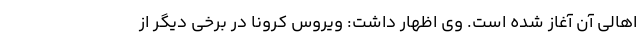
اهالی آن آغاز شده است. وی اظهار داشت: ویروس کرونا در برخی دیگر از